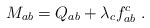
\begin{align*}M_{ab}=Q_{ab}+\lambda_{c}f_{ab}^{c}\,\,.\end{align*}